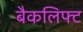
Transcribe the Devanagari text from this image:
बैकलिफ्ट